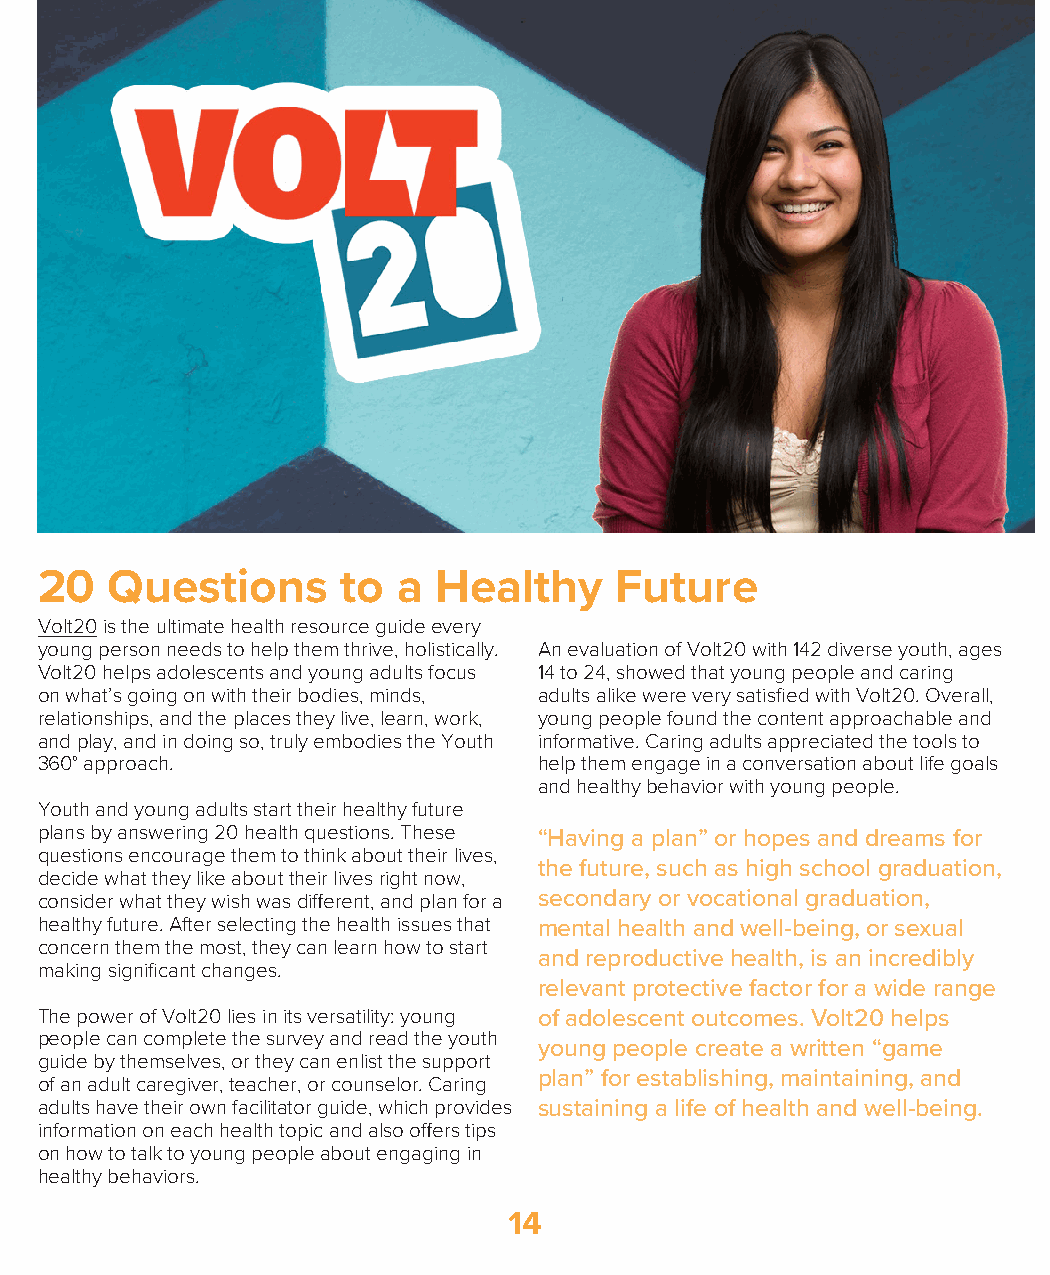
20   Questions       to a  Healthy     Future
 Volt20 is the ultimate health resource guide every
 young person needs to help them thrive, holistically. An evaluation of Volt20 with 142 diverse youth, ages
 Volt20 helps adolescents and young adults focus 14 to 24, showed that young people and caring
 on what’s going on with their bodies, minds, adults alike were very satisfied with Volt20. Overall,
 relationships, and the places they live, learn, work, young people found the content approachable and
 and play, and in doing so, truly embodies the Youth informative. Caring adults appreciated the tools to
 360° approach.                    help them engage in a conversation about life goals
 and healthy behavior with young people.
 Youth and young adults start their healthy future
 plans by answering 20 health questions. These “Having a plan” or hopes and dreams for
 questions encourage them to think about their lives,
 the future, such as high school graduation,
 decide what they like about their lives right now,
 consider what they wish was different, and plan for a secondary or vocational graduation,
 healthy future. After selecting the health issues that mental health and well-being, or sexual
 concern them the most, they can learn how to start
 and reproductive health, is an incredibly
 making significant changes.
 relevant protective factor for a wide range
 The power of Volt20 lies in its versatility: young of adolescent outcomes. Volt20 helps
 people can complete the survey and read the youth
 young people create a written “game
 guide by themselves, or they can enlist the support
 plan” for establishing, maintaining, and
 of an adult caregiver, teacher, or counselor. Caring
 adults have their own facilitator guide, which provides sustaining a life of health and well-being.
 information on each health topic and also offers tips
 on how to talk to young people about engaging in
 healthy behaviors.
 14